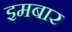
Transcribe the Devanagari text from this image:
इमबार